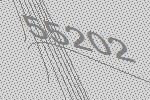
55202